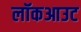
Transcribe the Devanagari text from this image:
लॉकआउट